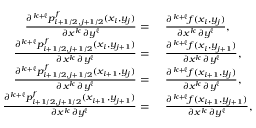
\begin{array} { r l } { \frac { \partial ^ { k + \ell } p _ { i + 1 / 2 , j + 1 / 2 } ^ { f } ( x _ { i } , y _ { j } ) } { \partial x ^ { k } \, \partial y ^ { \ell } } = } & { \, \, \frac { \partial ^ { k + \ell } f ( x _ { i } , y _ { j } ) } { \partial x ^ { k } \, \partial y ^ { \ell } } , } \\ { \frac { \partial ^ { k + \ell } p _ { i + 1 / 2 , j + 1 / 2 } ^ { f } ( x _ { i } , y _ { j + 1 } ) } { \partial x ^ { k } \, \partial y ^ { \ell } } = } & { \, \, \frac { \partial ^ { k + \ell } f ( x _ { i } , y _ { j + 1 } ) } { \partial x ^ { k } \, \partial y ^ { \ell } } , } \\ { \frac { \partial ^ { k + \ell } p _ { i + 1 / 2 , j + 1 / 2 } ^ { f } ( x _ { i + 1 } , y _ { j } ) } { \partial x ^ { k } \, \partial y ^ { \ell } } = } & { \, \, \frac { \partial ^ { k + \ell } f ( x _ { i + 1 } , y _ { j } ) } { \partial x ^ { k } \, \partial y ^ { \ell } } , } \\ { \frac { \partial ^ { k + \ell } p _ { i + 1 / 2 , j + 1 / 2 } ^ { f } ( x _ { i + 1 } , y _ { j + 1 } ) } { \partial x ^ { k } \, \partial y ^ { \ell } } = } & { \, \, \frac { \partial ^ { k + \ell } f ( x _ { i + 1 } , y _ { j + 1 } ) } { \partial x ^ { k } \, \partial y ^ { \ell } } , } \end{array}